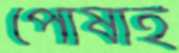
পোষাই